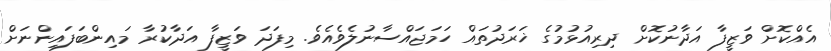
އެއްކޮށް ވަޒީފާ އަދާނުކޮށް ދިރިއުޅުމުގެ ޚަރަދުތައް ހަމަޖައްސާނުލެވެއެވެ. މިފަދަ ވަޒީފާ އަދާކުރާ މައިންބަފައިންނަށް